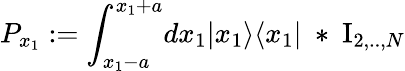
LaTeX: P_{x_{1}}:=\int_{x_{1}-a}^{x_{1}+a}\! dx_{1}|x_{1}\rangle\langle x_{1}|\ *\ \mathrm{I}_{2,..,N}